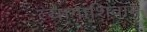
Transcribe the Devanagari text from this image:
त्यागाशिवाय